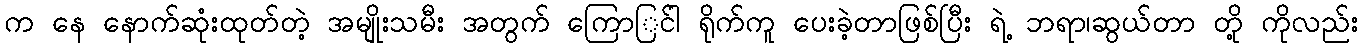
က နေ နောက်ဆုံးထုတ်တဲ့ အမျိုးသမီး အတွက် ကြောြင်ာ ရိုက်ကူ ပေးခဲ့တာဖြစ်ပြီး ရဲ့ ဘရာ၊ဆွယ်တာ တို့ ကိုလည်း